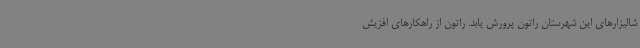
شالیزارهای این شهرستان راتون پرورش یابد. راتون از راهکارهای افزیش